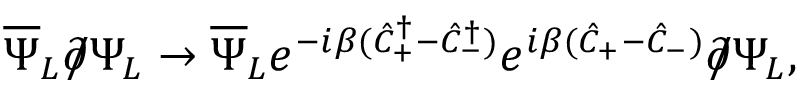
\overline { { { \Psi } } } _ { L } \partial \! \! \! / \Psi _ { L } \to \overline { { { \Psi } } } _ { L } e ^ { - i \beta ( \hat { C } _ { + } ^ { \dagger } - \hat { C } _ { - } ^ { \dagger } ) } e ^ { i \beta ( \hat { C } _ { + } - \hat { C } _ { - } ) } \partial \! \! \! / \Psi _ { L } ,